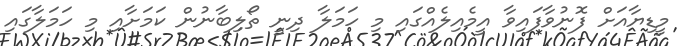
މީޑިޔާއަށް ފޮނުވާފައިވާ އީމެއިލެއްގައި މި ހަމަލާ ދިނީ ތޯލިބާނުން ކަމަށާއި މި ހަމަލާގައި